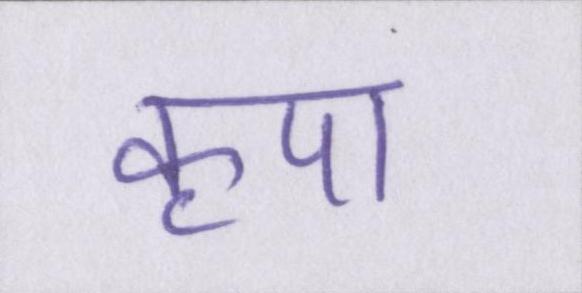
कृपा